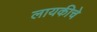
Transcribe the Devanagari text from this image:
लायकीचे